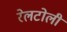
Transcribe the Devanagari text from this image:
रेलटोली